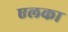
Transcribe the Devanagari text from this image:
एलका